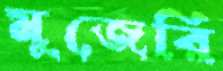
মুজেরি